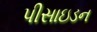
પીસાઇડન